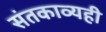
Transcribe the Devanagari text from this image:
संतकाव्यही